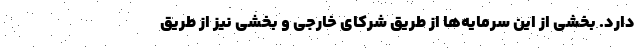
دارد. بخشی از این سرمایه‌ها از طریق شرکای خارجی و بخشی نیز از طریق